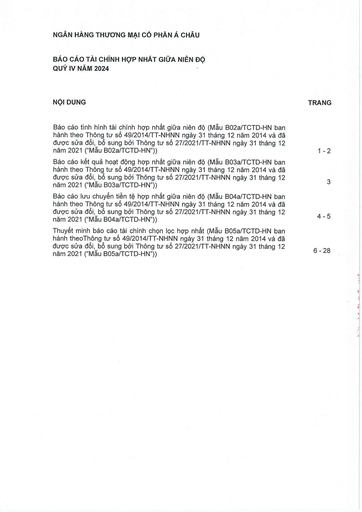
|NỘI DUNG|TRANG| |---|---| |Báo cáo tình hình tài chính hợp nhất giữa niên độ (Mẫu B02a/TCTD-HN ban hành theo Thông tư số 49/2014/TT-NHNN ngày 31 tháng 12 năm 2014 và đã được sửa đổi, bổ sung bởi Thông tư số 27/2021/TT-NHNN ngày 31 tháng 12 năm 2021 ("Mẫu B02a/TCTD-HN"))|1-2| |Báo cáo kết quả hoạt động hợp nhất giữa niên độ (Mẫu B03a/TCTD-HN ban hành theo Thông tư số 49/2014/TT-NHNN ngày 31 tháng 12 năm 2014 và đã được sửa đổi, bổ sung bởi Thông tư số 27/2021/TT-NHNN ngày 31 tháng 12 năm 2021 ("Mẫu B03a/TCTD-HN"))|3| |Báo cáo lưu chuyển tiền tệ hợp nhất giữa niên độ (Mẫu B04a/TCTD-HN ban hành theo Thông tư số 49/2014/TT-NHNN ngày 31 tháng 12 năm 2014 và đã được sửa đổi, bổ sung bởi Thông tư số 27/2021/TT-NHNN ngày 31 tháng 12 năm 2021 ("Mẫu B04a/TCTD-HN"))|4-5| |Thuyết minh báo cáo tài chính chọn lọc hợp nhất (Mẫu B05a/TCTD-HN ban hành theo Thông tư số 49/2014/TT-NHNN ngày 31 tháng 12 năm 2014 và đã được sửa đổi, bổ sung bởi Thông tư số 27/2021/TT-NHNN ngày 31 tháng 12 năm 2021 ("Mẫu B05a/TCTD-HN"))|6-28|